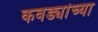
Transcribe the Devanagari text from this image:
कवड्यांच्‍या